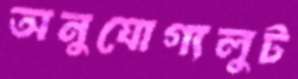
অনুযোগ্যলুট